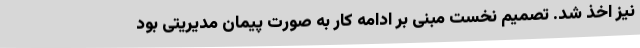
نیز اخذ شد. تصمیم نخست مبنی بر ادامه کار به صورت پیمان مدیریتی بود